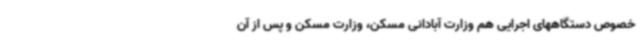
خصوص دستگاههای اجرایی هم وزارت آبادانی مسکن، وزارت مسکن و پس از آن